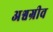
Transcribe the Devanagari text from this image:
अश्वग्रीव